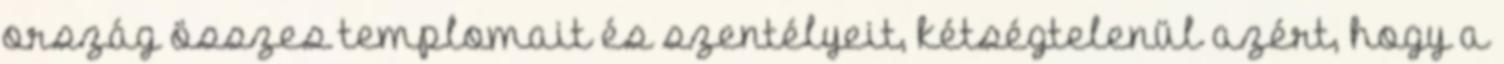
ország összes templomait és szentélyeit, kétségtelenül azért, hogy a